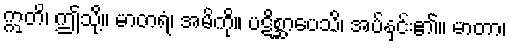
ဣတိ၊ ဤသို့။ မာတရံ၊ အမိကို။ ပဋိစ္ဆာပေသိ၊ အပ်နှင်း၏။ မာတာ၊